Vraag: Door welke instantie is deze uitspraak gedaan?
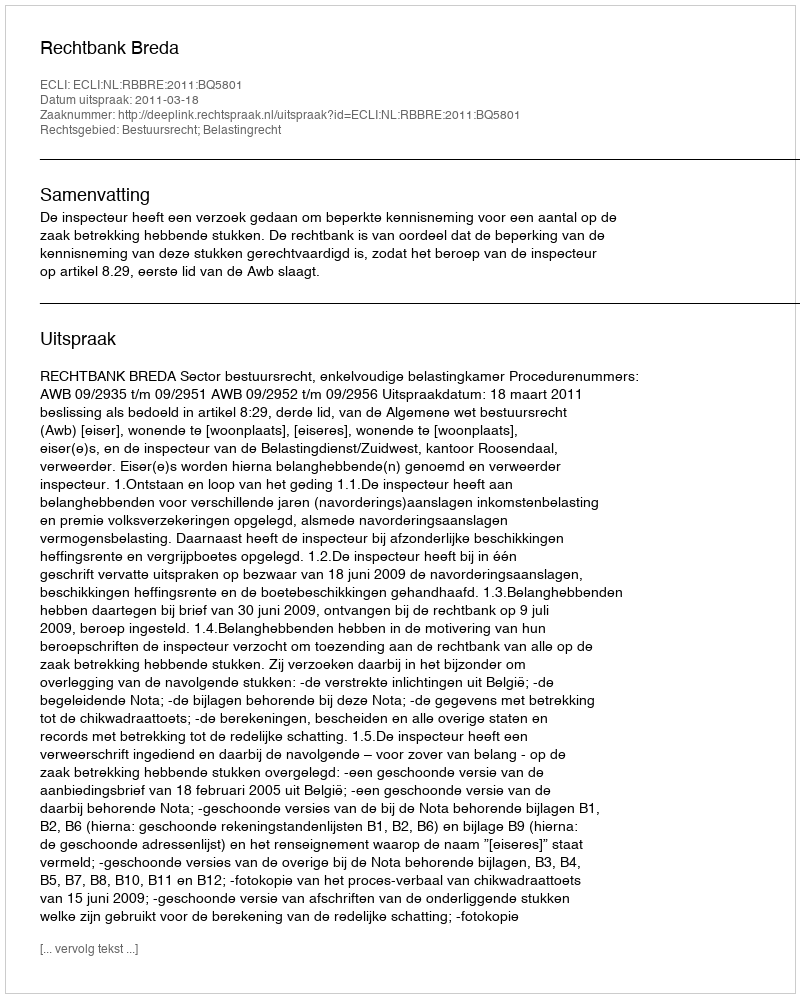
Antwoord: Rechtbank Breda